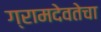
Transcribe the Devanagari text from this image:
ग्रामदेवतेचा